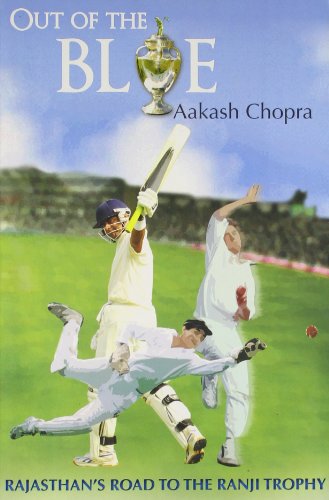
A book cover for Out Of The Blue: Rajasthan's Road To The Ranji; Aakash Chopra; Sports & Outdoors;